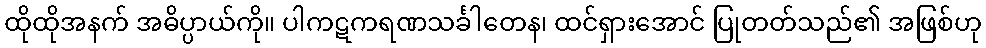
ထိုထိုအနက် အဓိပ္ပာယ်ကို။ ပါကဋကရဏသင်္ခါတေန၊ ထင်ရှားအောင် ပြုတတ်သည်၏ အဖြစ်ဟု